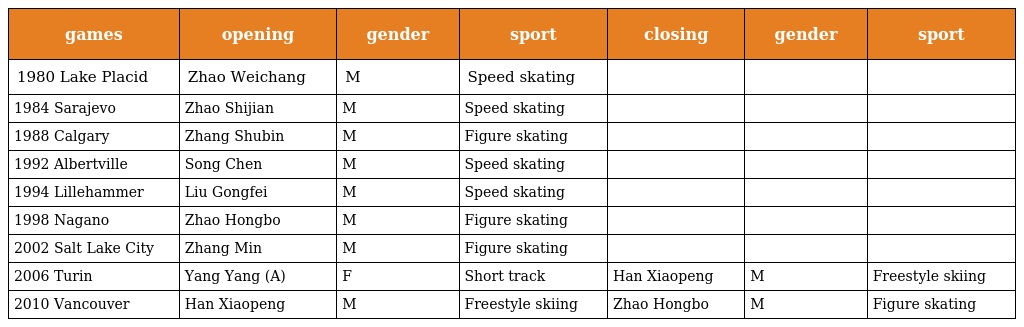
| games | opening | gender | sport | closing | gender | sport |
 | --- | --- | --- | --- | --- | --- | --- |
 | 1980 Lake Placid | Zhao Weichang | M | Speed skating |  |  |  |
 | 1984 Sarajevo | Zhao Shijian | M | Speed skating |  |  |  |
 | 1988 Calgary | Zhang Shubin | M | Figure skating |  |  |  |
 | 1992 Albertville | Song Chen | M | Speed skating |  |  |  |
 | 1994 Lillehammer | Liu Gongfei | M | Speed skating |  |  |  |
 | 1998 Nagano | Zhao Hongbo | M | Figure skating |  |  |  |
 | 2002 Salt Lake City | Zhang Min | M | Figure skating |  |  |  |
 | 2006 Turin | Yang Yang (A) | F | Short track | Han Xiaopeng | M | Freestyle skiing |
 | 2010 Vancouver | Han Xiaopeng | M | Freestyle skiing | Zhao Hongbo | M | Figure skating |